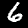
Digit: 6